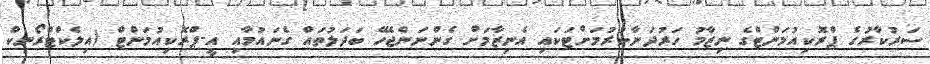
ސަރުކާރުގެ ޕްރޮކިއުމަންޓްގެ ނިޒާމު ހަރުދަނާކުރުމަށްޓަކައި އެނިޒާމަށް ގެންނަންޖެހޭ ބަދަލުތައް ގެނައުމާއި އީ-ޕްރޮކިއުމަންޓް (އިލެކްޓްރޯނިކް